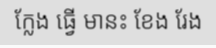
ក្លែង ធ្វើ មានះ ខែង រែង